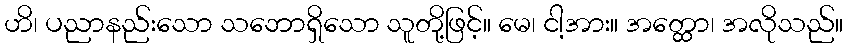
ဟိ၊ ပညာနည်းသော သဘောရှိသော သူတို့ဖြင့်။ မေ၊ ငါ့အား။ အတ္ထော၊ အလိုသည်။